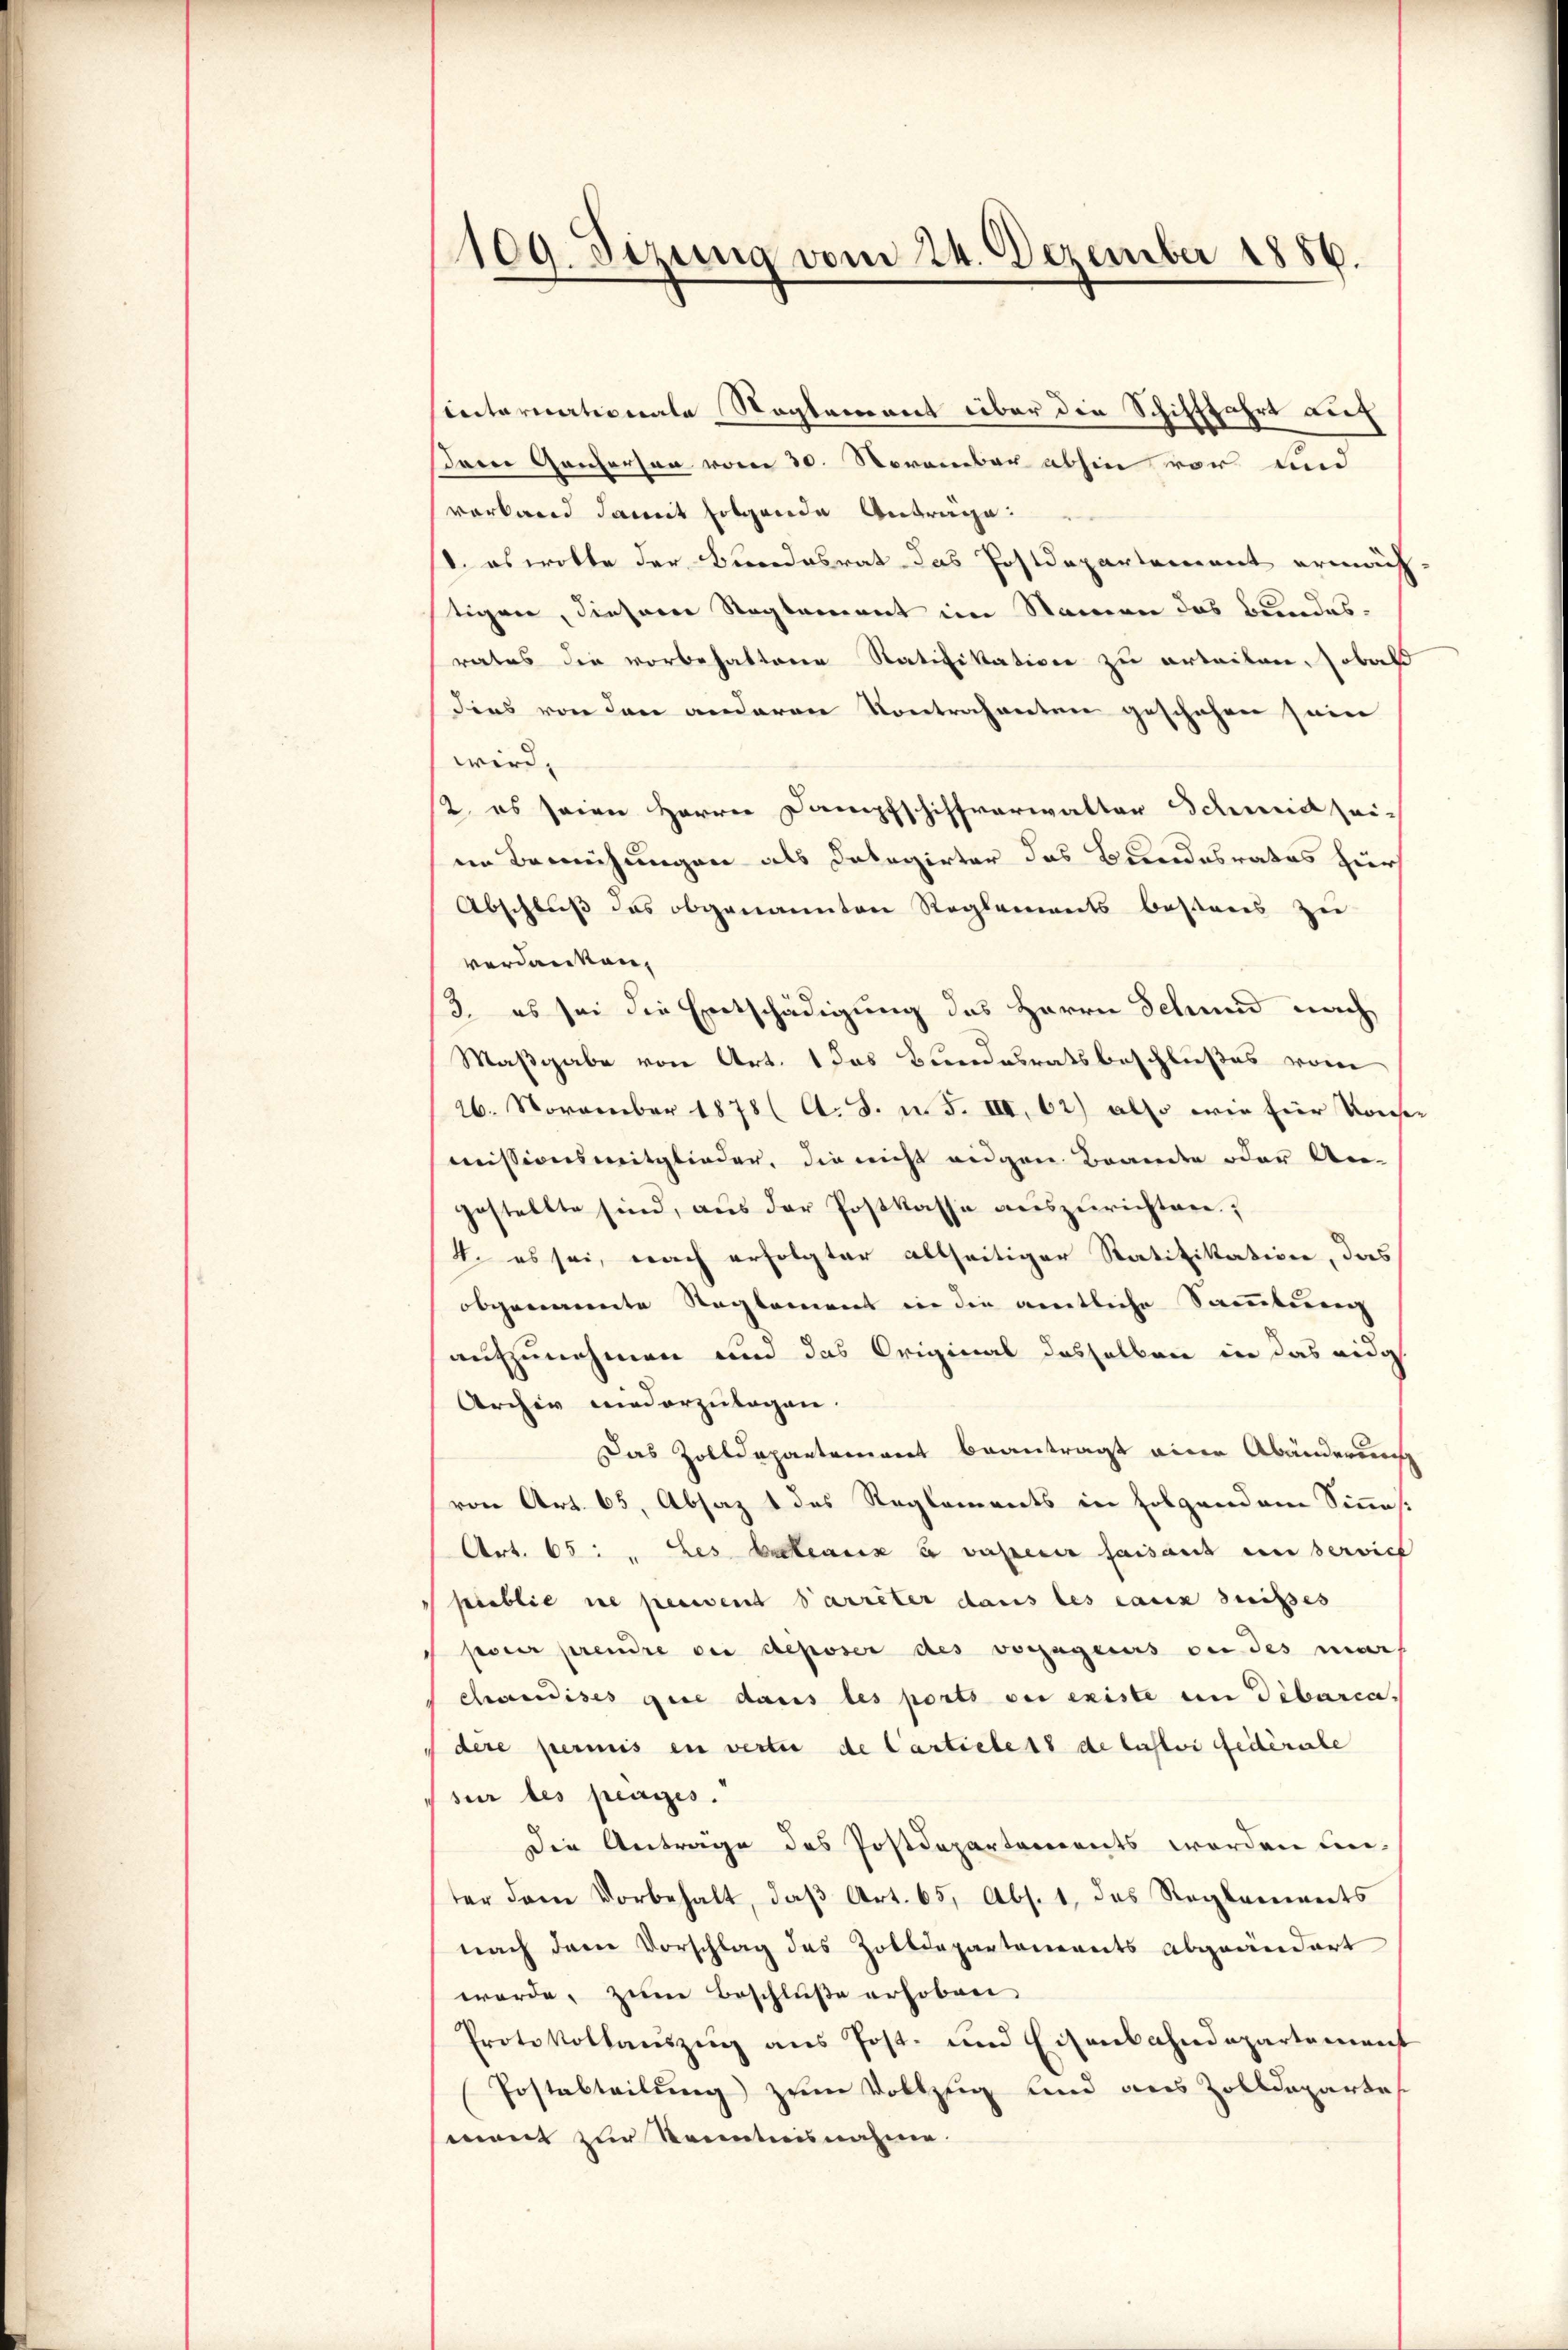
109. Sizung vom 24. Dezember 1856.

sinternationale Reglement über die Schifffahrt auf
sein Ganzerson vom 30. November abhin vor und
verland damit folgende Antrage:
d. es wolte der Bundesrat das Postdepartement ermächtigen, diesem Reglement im Namen das Bundesrates die vorbehaltene Ratifikation zu erteilen, sobald
dies von den anderen Kontrahenten geschehen sein
wird. |
12. es seien Herren Dampfschiffverwalter Schmidt seiim Bemühungen als Dolegirter das Bundesrates hiers
Abschluß das obgenannten Reglements bestens zu
verdanken,
3. es sei die Entschädigung des Herrn Schmid nach
Maßgabe von Art. 1 das Bundesratsbeschließes vom
26. November 1878 ( A. S. n. F. III, 62) also wie Eier Konsemissionsmitglieder, die nicht eigen Beamte oder Un-
gestellte sind, aus der Postkasse auszurichten.
4. es sei, nach erfolgter allseitiger Ratifikation, das
obgenannte Reglement in die amtliche Sammlung
aufzunehmen und das Original desselben in das eidg
Archiv niederzulagen.
Das Zolldepartement beantragt eine Abänderung
von Art. 65, Absaz 1 des Reglements in folgendem Sinas.
Art. 65: " Les bateaux à vaperer faisant en servict
pieblie ne perient Parrêter dans les eaux suisses
ssner prendre der deposer des vorzugerers ou des mart
chändises gute dans les ports der existe in Dibarca.
dere permis en verter de Carticles de lastvi Federale
sur les plages.
Die Antrage des Postdepartements werden un-
ter dem Vorbehalt, daβ Art. 65, Abs. 1, das Reglements
nach dem Vorschlag des Zolldepartements abgeändert
werde, zum Beschluße erhoben
Protokollauszug aus Post- und Eisenbahndepartement
Postabteilung zum Vollzug und aus Zolldeparte
mont zur Kenntnisnahme.